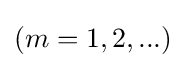
(m=1,2,...)